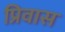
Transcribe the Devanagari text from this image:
प्रिवास